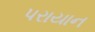
પરાયાન